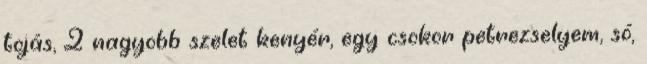
tojás, 2 nagyobb szelet kenyér, egy csokor petrezselyem, só,